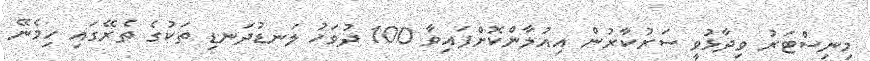
މިނިސްޓަރު ވިދާޅުވީ ސަރުކާރުން އިއުލާންކޮށްފައިވާ 100 ދުވަހު ލަނޑުދަނޑި ތަކުގެ ތެރޭގައި ހިމެނޭ